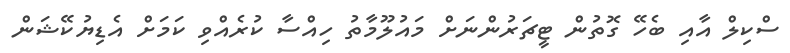
ސްކިލް އާއި ބެހޭ ގޮތުން ޓީޗަރުންނަށް މައުލޫމާތު ހިއްސާ ކުރެއްވި ކަމަށް އެޑިޔުކޭޝަން